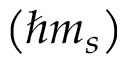
\left( \hbar m _ { s } \right)